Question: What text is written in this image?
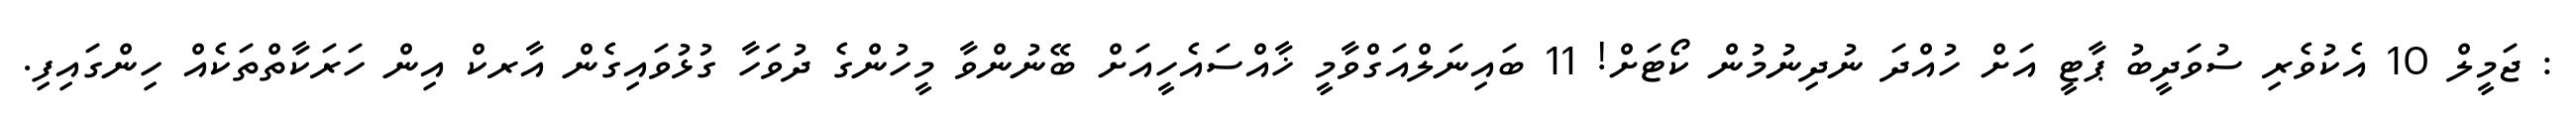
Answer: : ޖަމީލް 10 އެކުވެރި ސުވަދީބު ޕާޓީ އަށް ހުއްދަ ނުދިނުމުން ކޯޓަށް! 11 ބައިނަލްއަގްވާމީ ޚާއްސައެހީއަށް ބޭނުންވާ މީހުންގެ ދުވަހާ ގުޅުވައިގެން އާރކް އިން ހަރަކާތްތަކެއް ހިންގައިފި.